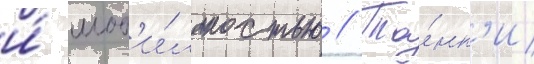
и́ моб'и́льностью // Та́нк'и